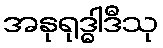
အနုရုဒ္ဓါဒီသု